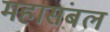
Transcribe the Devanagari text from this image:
महासंबल